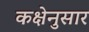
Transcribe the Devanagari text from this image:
कक्षेनुसार